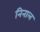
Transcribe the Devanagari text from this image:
निनाल